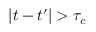
| t - t ^ { \prime } | > \tau _ { c }